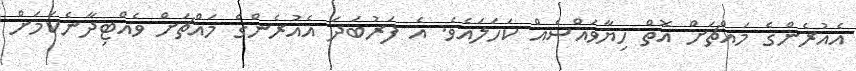
އެއުރެންގެ މައްޗަށް އޮތް ހިޔާވައްސެއް ކަހަލައެވެ. އެ ފަރުބަދަ އެއުރެންގެ މައްޗަށް ވެއްޓިދާނެކަމަށް